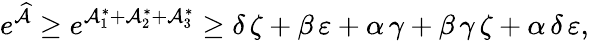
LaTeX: e^{\widehat{\mathcal{A}}}\geq e^{\mathcal{A}_{1}^{\ast}+\mathcal{A}_{2}^{\ast}+\mathcal{A}_{3}^{\ast}}\geq\delta\, \zeta+\beta\, \varepsilon+\alpha\, \gamma+\beta\, \gamma\, \zeta+\alpha\, \delta\, \varepsilon,